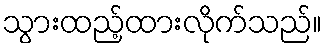
သွားထည့်ထားလိုက်သည်။